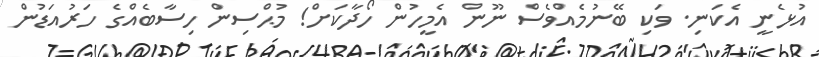
އުޅެނީ އެކަނި. ވަކި ބޭނުމެއްވެސް ނޫން އެމީހުން ހޯދާކަށް! މުޙްސިން ހިސާބެއްގެ ހަރުއަޑުން